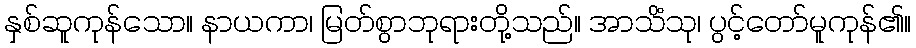
နှစ်ဆူကုန်သော။ နာယကာ၊ မြတ်စွာဘုရားတို့သည်။ အာသိံသု၊ ပွင့်တော်မူကုန်၏။